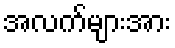
အလက်များအား